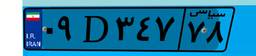
۲۷D۶۷۸۳۵